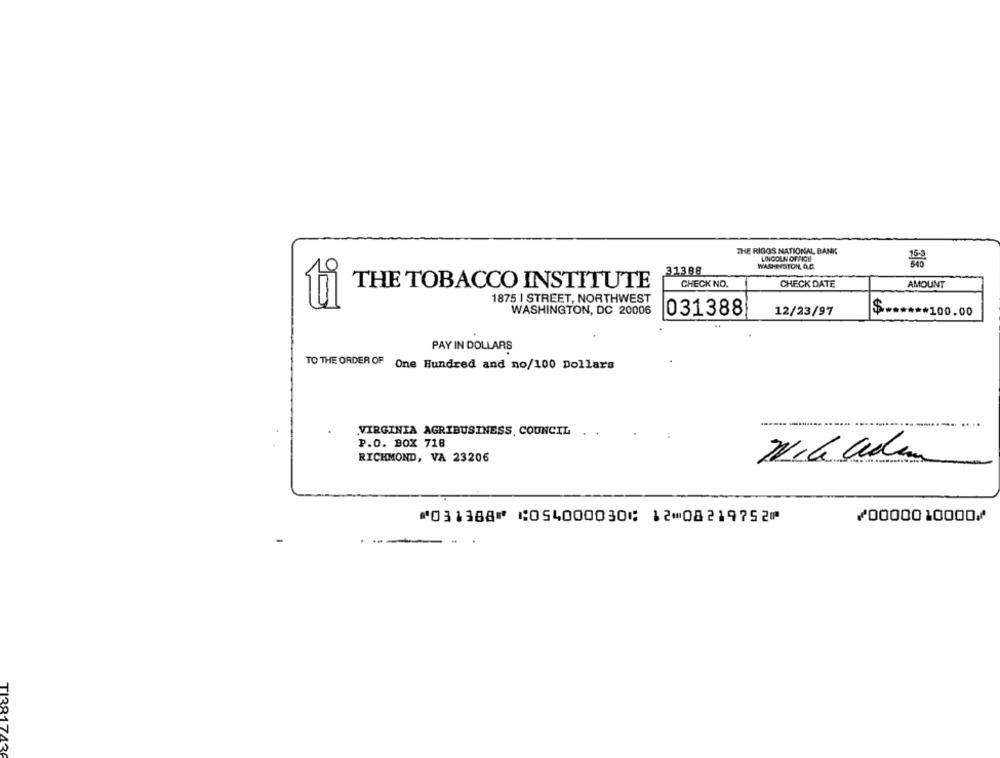
THE RIGOS NATIONAL BANK
LINCOLN OFFICE
WACH-DYSTON, D.C.
31388
THE TOBACCO INSTITUTE
CHECK NO.
CHECK DATE
AMOUNT
90
1875 I STREET, NORTHWEST
WASHINGTON, DC 20006
031388
12/23/97
$ ****** 100.00
PAY IN DOLLARS
TO THE ORDER OF One Hundred and no/100 Dollars
VIRGINIA AGRIBUSINESS COUNCIL
P.O. BOX 718
RICHMOND, VA 23206
⑈031388⑈ ⑆054000030⑆ 12⑉08219752⑈
⑇0000010000⑇
TI381
136